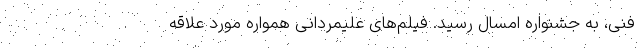
فنی، به جشنواره امسال رسید. فیلم‌های علیمردانی همواره مورد علاقه